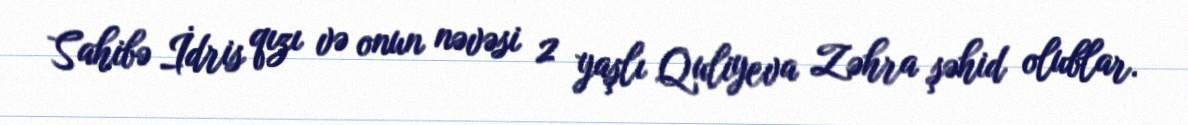
Sahibə İdris qızı və onun nəvəsi 2 yaşlı Quliyeva Zəhra şəhid olublar.